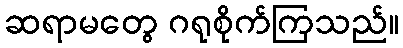
ဆရာမတွေ ဂရုစိုက်ကြသည်။